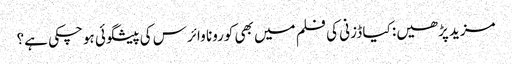
مزید پڑھیں: کیا ڈزنی کی فلم میں بھی کورونا وائرس کی پیشگوئی ہوچکی ہے؟